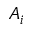
A _ { i }